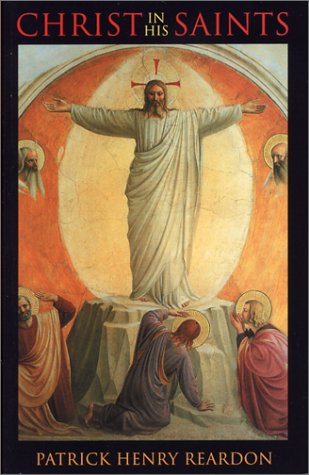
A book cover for Christ in His Saints; Patrick Henry Reardon; Christian Books & Bibles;